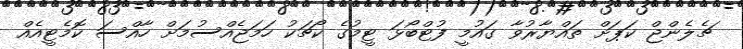
ޗެލެންޖް ކަޕަށް ތައްޔާރުވާ ގައުމީ ފުޓްބޯޅަ ޓީމުގެ ކޯޗަކު ހަމަޖެއްސުމަށް ހާއްސަ ކޮމެޓީއެއް